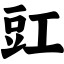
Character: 豇